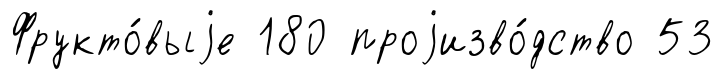
Фрукто́выjе 180 проjизво́дство 53